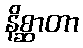
နိစ္ဆာတာ